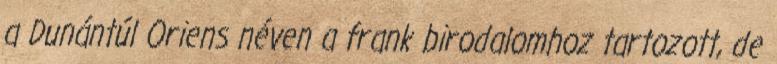
a Dunántúl Oriens néven a frank birodalomhoz tartozott, de